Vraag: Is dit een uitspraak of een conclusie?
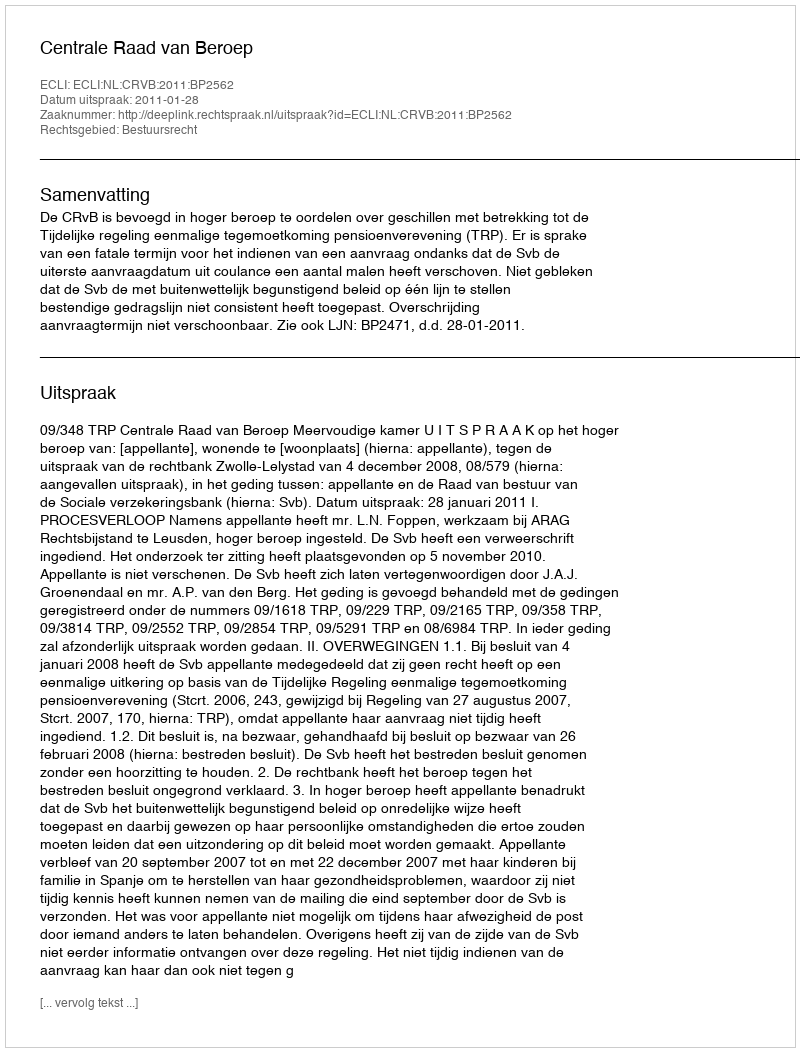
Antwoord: Uitspraak